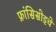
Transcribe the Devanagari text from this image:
फ्रांसिसोइचे